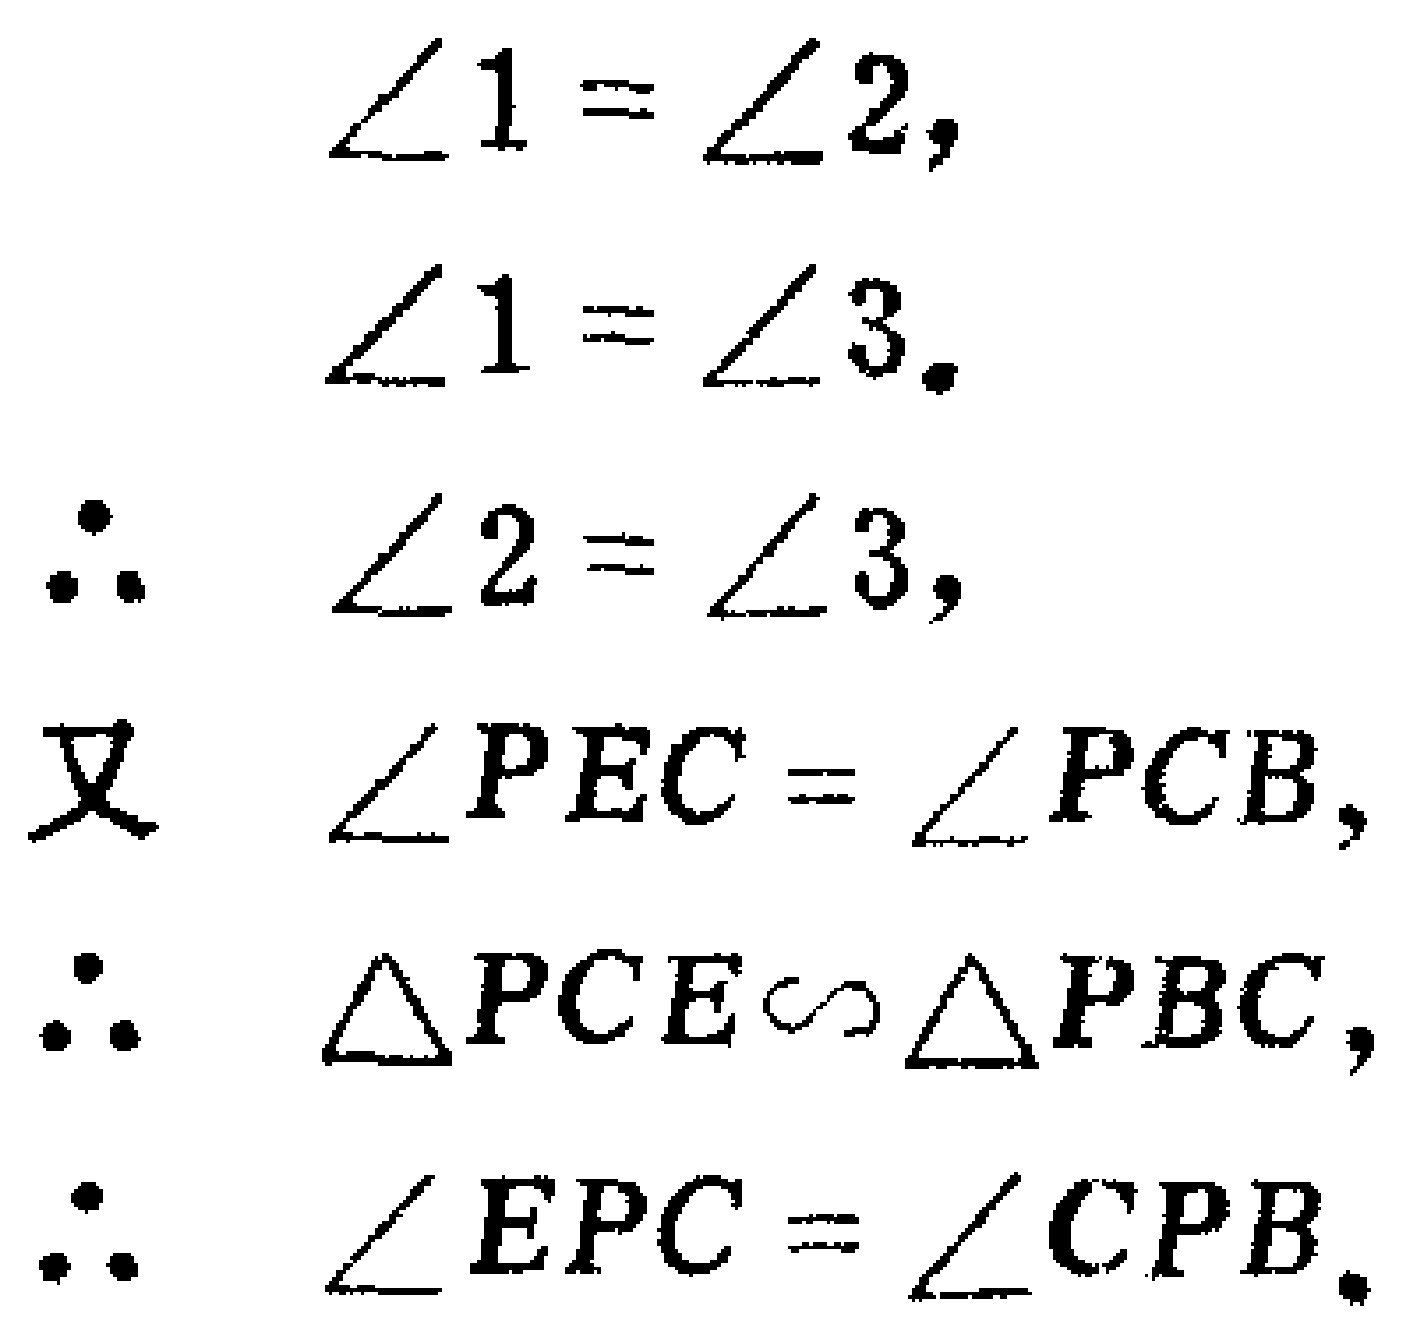
\[
\begin{align*}
\angle 1&=\angle 2,\\
\angle 1&=\angle 3.\\
\therefore\angle 2&=\angle 3,\\
\text{又 }\angle PEC&=\angle PCB,\\
\therefore\triangle PCE&\sim\triangle PBC,\\
\therefore\angle EPC&=\angle CPB.
\end{align*}
\]